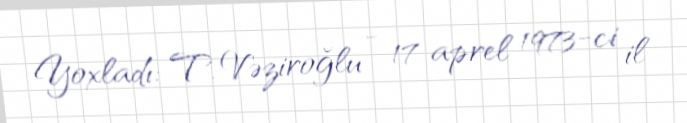
Yoxladı: T. Vəziroğlu - 17 aprel 1973-ci il